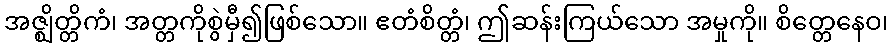
အဇ္ဈိတ္တိကံ၊ အတ္တကိုစွဲမှီ၍ဖြစ်သော။ ဧတံစိတ္တံ၊ ဤဆန်းကြယ်သော အမှုကို။ စိတ္တေနေဝ၊